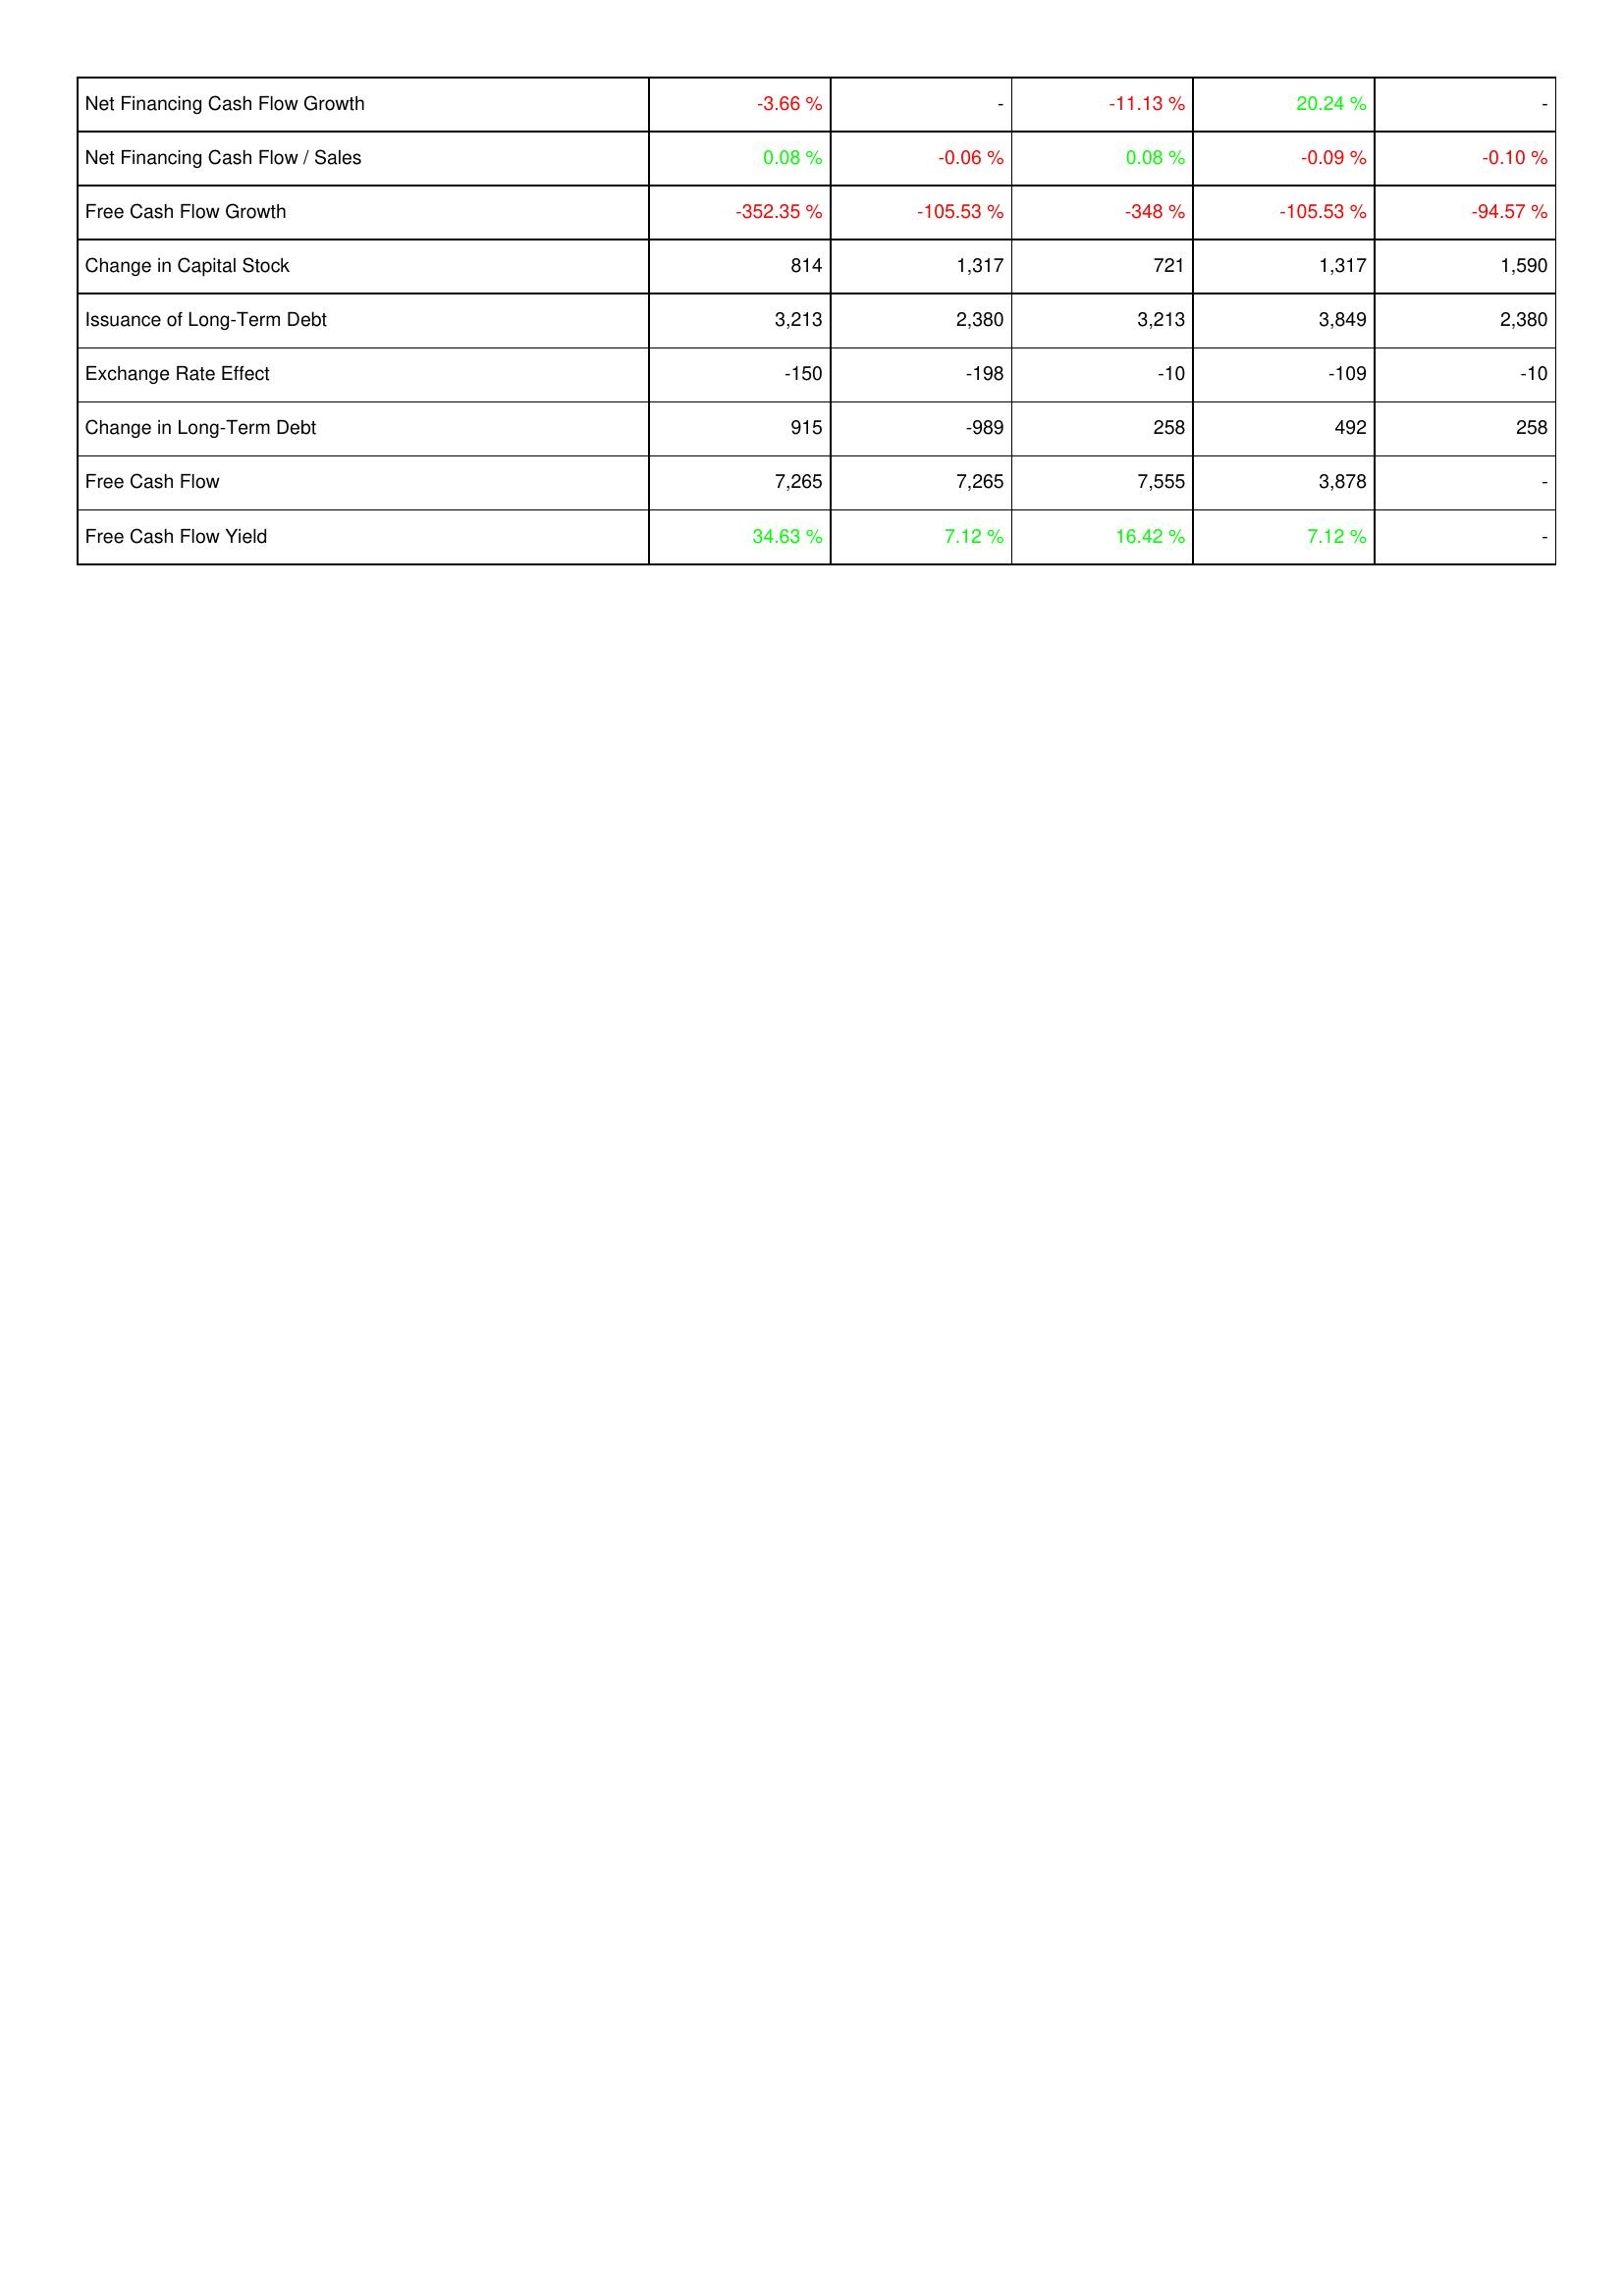
2021: Financing Activities: Net Financing Cash Flow Growth: -3.66 %
Net Financing Cash Flow / Sales: 0.08 %
Free Cash Flow Growth: -352.35 %
Change in Capital Stock: 814
Issuance of Long-Term Debt: 3,213
Exchange Rate Effect: -150
Change in Long-Term Debt: 915
Free Cash Flow: 7,265
Free Cash Flow Yield: 34.63 %
2022: Financing Activities: Net Financing Cash Flow Growth: -
Net Financing Cash Flow / Sales: -0.06 %
Free Cash Flow Growth: -105.53 %
Change in Capital Stock: 1,317
Issuance of Long-Term Debt: 2,380
Exchange Rate Effect: -198
Change in Long-Term Debt: -989
Free Cash Flow: 7,265
Free Cash Flow Yield: 7.12 %
2023: Financing Activities: Net Financing Cash Flow Growth: -11.13 %
Net Financing Cash Flow / Sales: 0.08 %
Free Cash Flow Growth: -348 %
Change in Capital Stock: 721
Issuance of Long-Term Debt: 3,213
Exchange Rate Effect: -10
Change in Long-Term Debt: 258
Free Cash Flow: 7,555
Free Cash Flow Yield: 16.42 %
2024: Financing Activities: Net Financing Cash Flow Growth: 20.24 %
Net Financing Cash Flow / Sales: -0.09 %
Free Cash Flow Growth: -105.53 %
Change in Capital Stock: 1,317
Issuance of Long-Term Debt: 3,849
Exchange Rate Effect: -109
Change in Long-Term Debt: 492
Free Cash Flow: 3,878
Free Cash Flow Yield: 7.12 %
2025: Financing Activities: Net Financing Cash Flow Growth: -
Net Financing Cash Flow / Sales: -0.10 %
Free Cash Flow Growth: -94.57 %
Change in Capital Stock: 1,590
Issuance of Long-Term Debt: 2,380
Exchange Rate Effect: -10
Change in Long-Term Debt: 258
Free Cash Flow: -
Free Cash Flow Yield: -